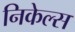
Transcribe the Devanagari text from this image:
निकेल्स